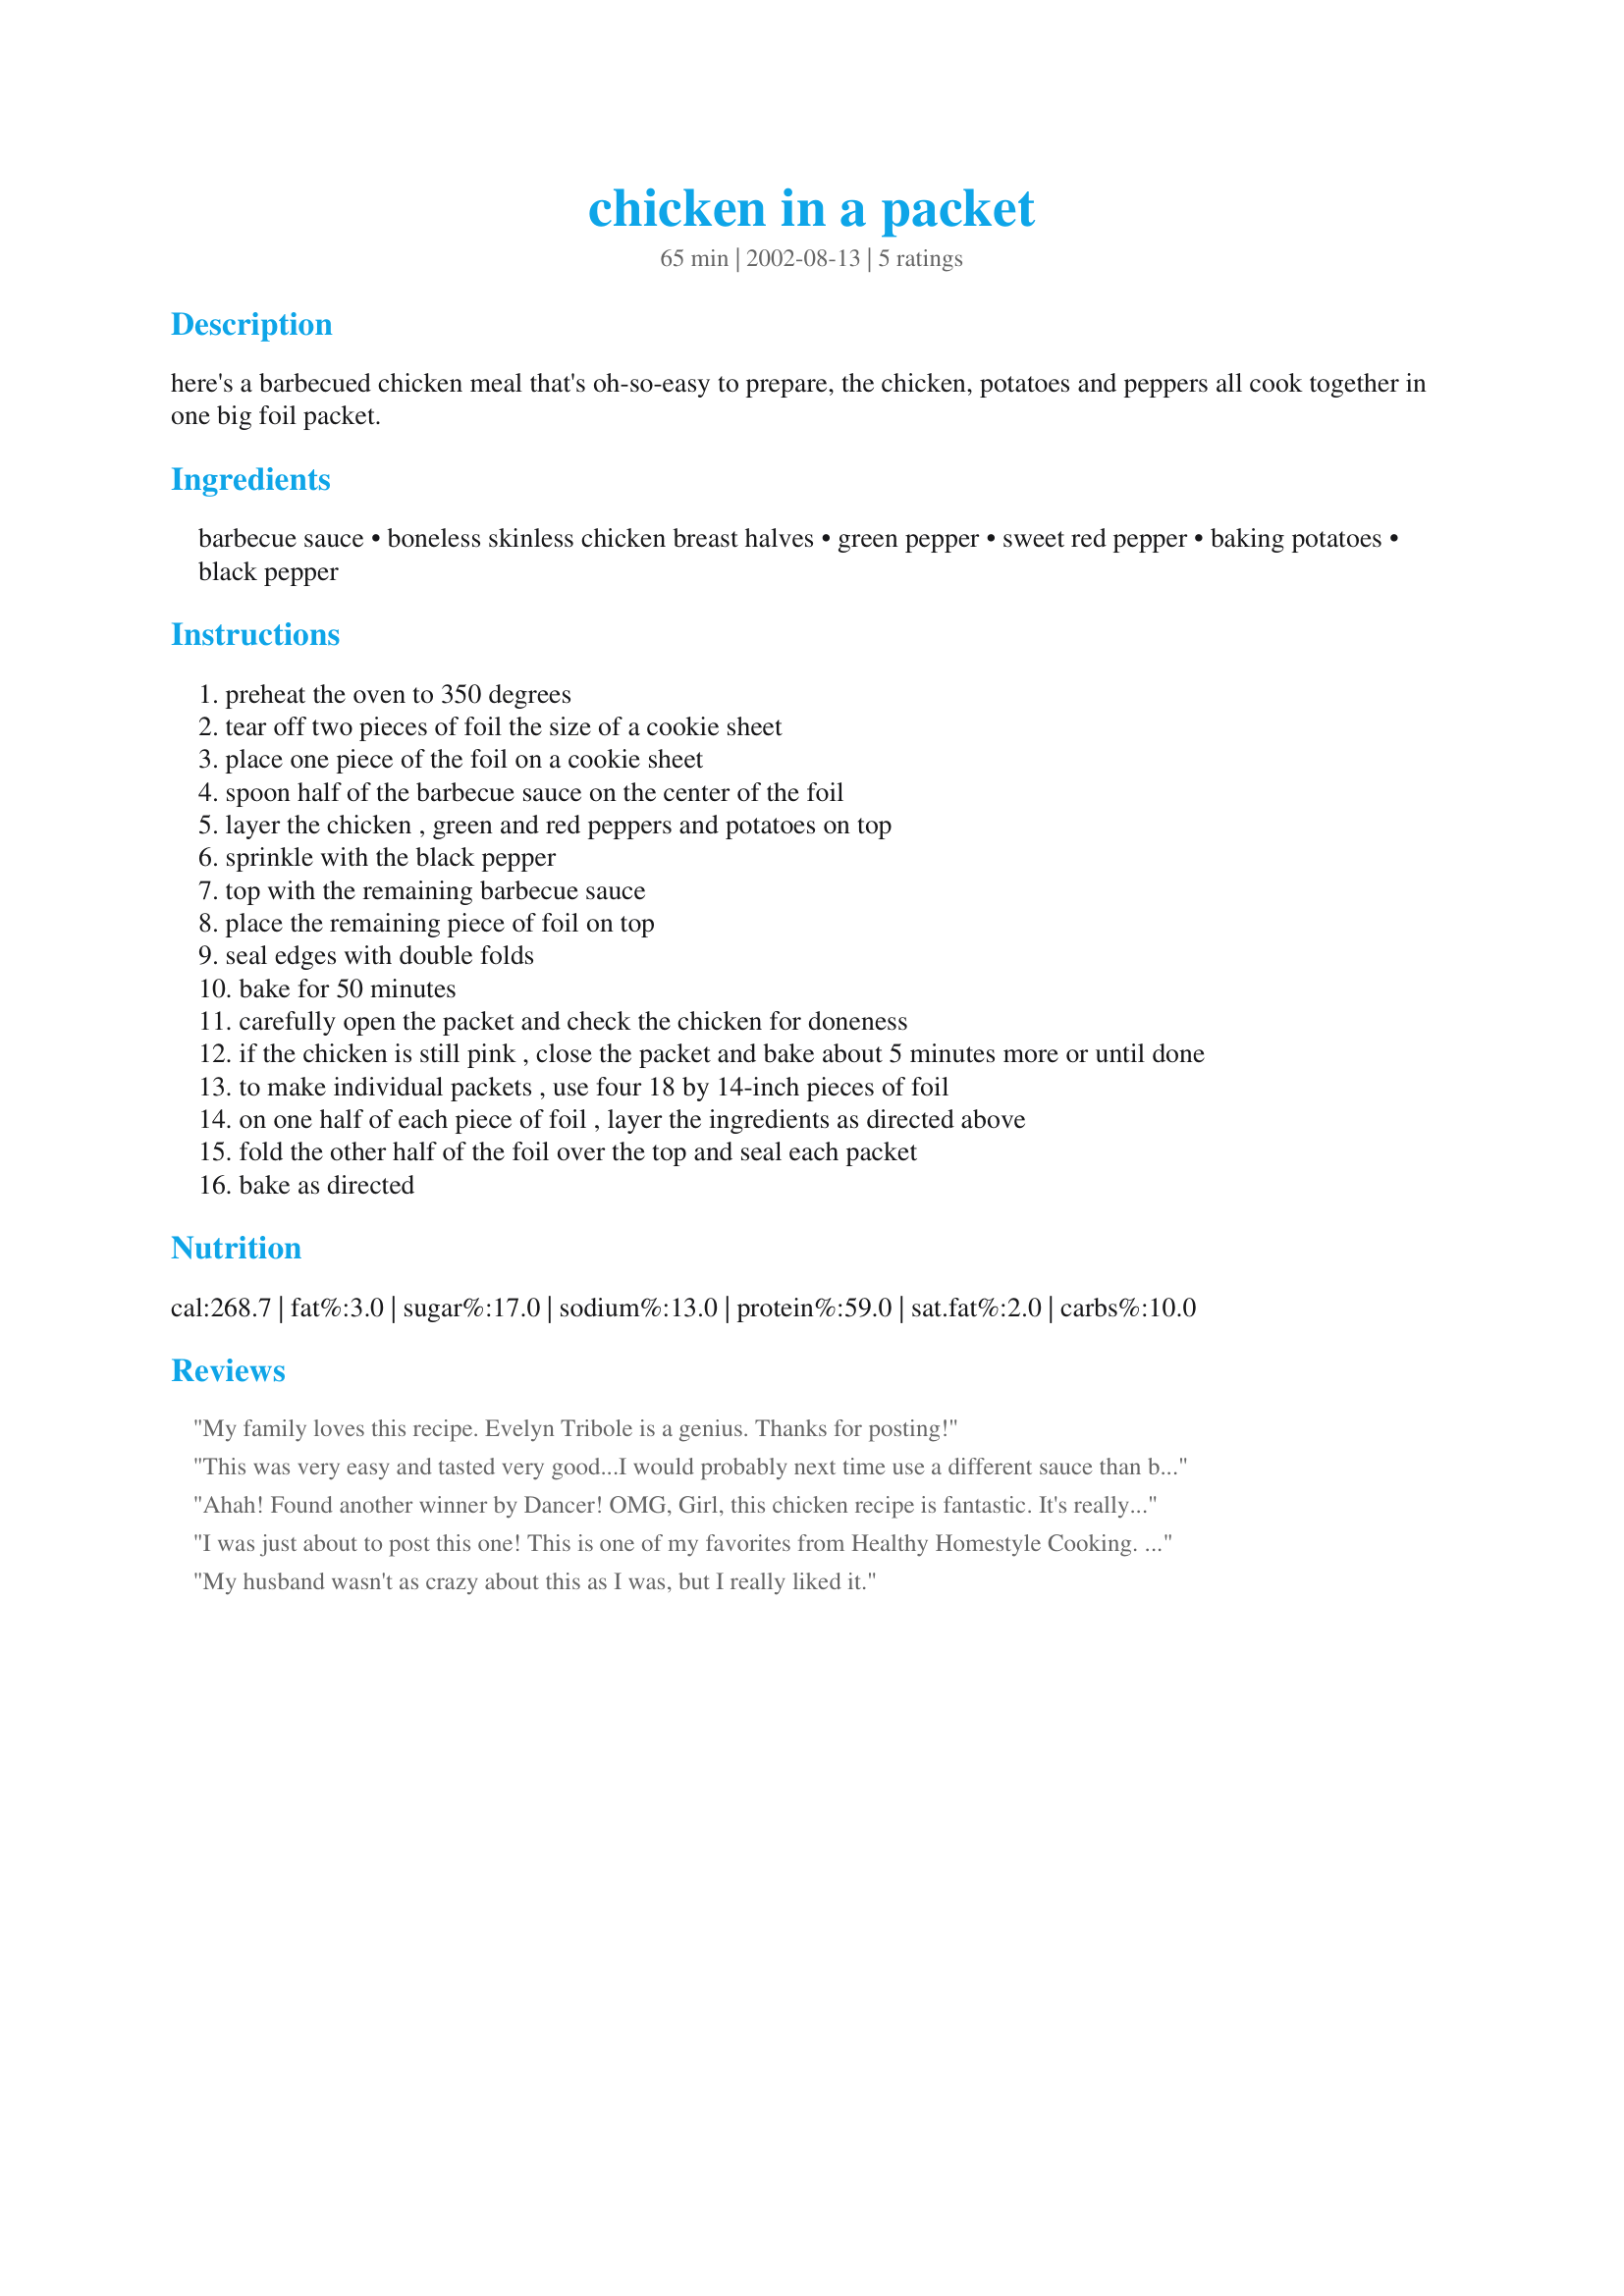
chicken in a packet
Preparation time: 65 minutes

here's a barbecued chicken meal that's oh-so-easy to prepare, the chicken, potatoes and peppers all cook together in one big foil packet.

Ingredients:
barbecue sauce, boneless skinless chicken breast halves, green pepper, sweet red pepper, baking potatoes, black pepper

Steps:
preheat the oven to 350 degrees
tear off two pieces of foil the size of a cookie sheet
place one piece of the foil on a cookie sheet
spoon half of the barbecue sauce on the center of the foil
layer the chicken , green and red peppers and potatoes on top
sprinkle with the black pepper
top with the remaining barbecue sauce
place the remaining piece of foil on top
seal edges with double folds
bake for 50 minutes
carefully open the packet and check the chicken for doneness
if the chicken is still pink , close the packet and bake about 5 minutes more or until done
to make individual packets , use four 18 by 14-inch pieces of foil
on one half of each piece of foil , layer the ingredients as directed above
fold the other half of the foil over the top and seal each packet
bake as directed

Reviews:
My family loves this recipe. Evelyn Tribole is a genius. Thanks for posting!
This was very easy and tasted very good...I would probably next time use a different sauce than bbq -- maybe an Asian style ponzu or something for a different flavor. Thanks for sharing!
Ahah! Found another winner by Dancer! OMG, Girl, this chicken recipe is fantastic. It's really easy to toss together and bake. I did add a few onion slices on top of the mix, otherwise, followed your directions. It turned out really good.
Thanks for sharing such a neat recipe!
Laudee C.
I was just about to post this one! This is one of my favorites from Healthy Homestyle Cooking. It tastes great, and the cleanup alone is worth making this a standard meal.
My husband wasn't as crazy about this as I was, but I really liked it.
